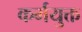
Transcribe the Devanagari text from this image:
कर्मयुक्त